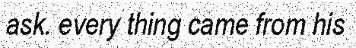
ask. every thing came from his